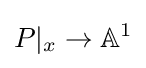
P|_{x}\to \mathbb {A} ^{1}